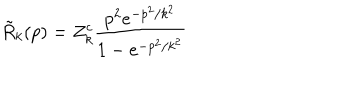
\tilde { R } _ { k } ( p ) = Z _ { k } ^ { c } \frac { p ^ { 2 } e ^ { - p ^ { 2 } / k ^ { 2 } } } { 1 - e ^ { - p ^ { 2 } / k ^ { 2 } } }